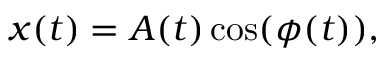
x ( t ) = A ( t ) \cos ( \phi ( t ) ) ,